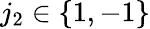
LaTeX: j_{2}\in\{ 1,-1\}